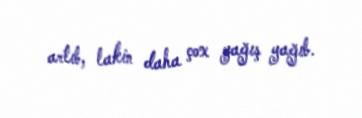
artıb, lakin daha çox yağış yağıb.